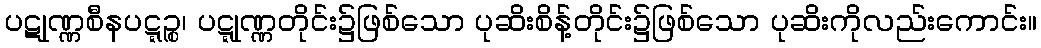
ပဋုဏ္ဏစီနပဋ္ဋဉ္စ၊ ပဋ္ဋုဏ္ဏတိုင်း၌ဖြစ်သော ပုဆိးစိန့်တိုင်း၌ဖြစ်သော ပုဆိးကိုလည်းကောင်း။